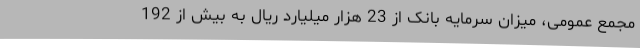
مجمع عمومی، میزان سرمایه بانک از 23 هزار میلیارد ریال به بیش از 192